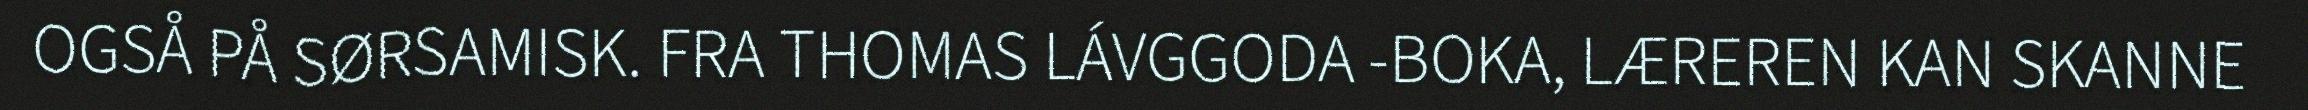
OGSÅ PÅ SØRSAMISK. FRA THOMAS LÁVGGODA -BOKA, LÆREREN KAN SKANNE